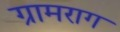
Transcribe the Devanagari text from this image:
ग्रामराग